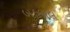
બહબલ